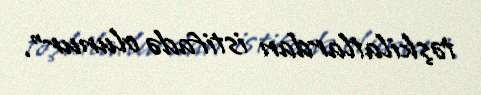
təşkilatlardan istifadə olunur".